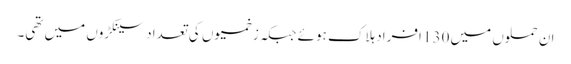
ان حملوں میں 130 افراد ہلاک ہوئے جبکہ زخمیوں کی تعداد سینکڑوں میں تھی۔